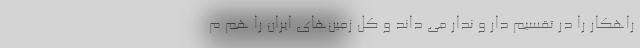
راهکار را در تقسیم دار و ندار می داند و کل زمین‌های ایران را هم م